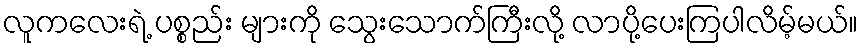
လူကလေးရဲ့ ပစ္စည်း များကို သွေးသောက်ကြီးလို့ လာပို့ပေးကြပါလိမ့်မယ်။